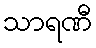
သာရဏီ